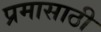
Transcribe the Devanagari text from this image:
प्रमासाठी